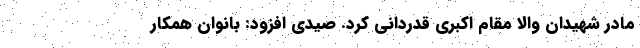
مادر شهیدان والا مقام اکبری قدردانی کرد. صیدی افزود: بانوان همکار